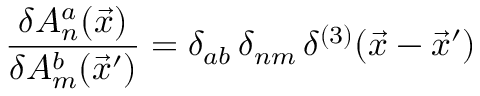
{ \frac { \delta A _ { n } ^ { a } ( \vec { x } ) } { \delta A _ { m } ^ { b } ( \vec { x } ^ { \prime } ) } } = \delta _ { a b } \, \delta _ { n m } \, \delta ^ { ( 3 ) } ( \vec { x } - \vec { x } ^ { \prime } )